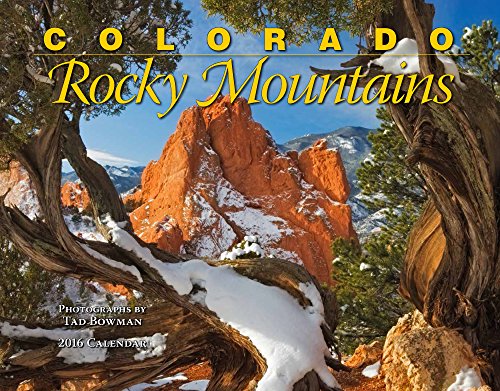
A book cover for Colorado Rocky Mountains 2016 Calendar 11x14; Tad Bowman; Calendars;